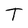
Character: T